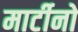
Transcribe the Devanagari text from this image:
मार्टीनो